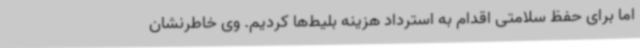
اما برای حفظ سلامتی اقدام به استرداد هزینه بلیط‌ها کردیم. وی خاطرنشان